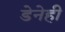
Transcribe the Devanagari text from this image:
डेनेही